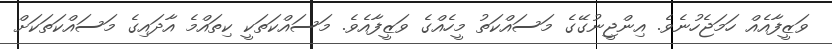
ވަޒީފާއެއް ހަމަޖެހުނެވެ. އިންޖީނުގޭގެ މަސައްކަތު މީހެއްގެ ވަޒީފާއެވެ. މަސައްކަތަކީ ކިތައްމެ އާދައިގެ މަސައްކަތަކަށް